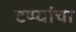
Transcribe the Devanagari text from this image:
टप्प्यांचा